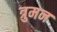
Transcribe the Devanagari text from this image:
त्रुमन